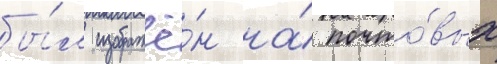
бы́л изображё́н на́ почто́вых